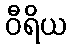
ဝီရိယ